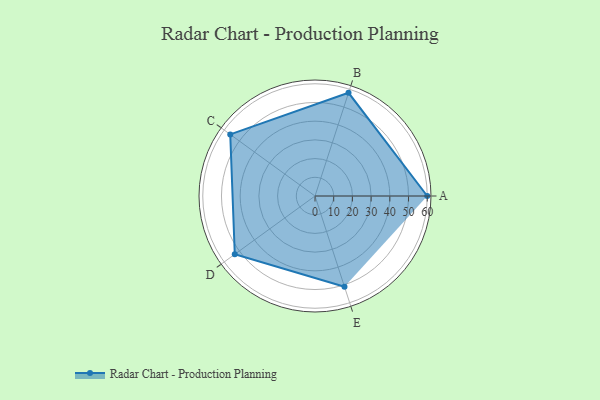
{"axis": {"x": "Skill", "y": "Score"}, "legend": ["Profile"], "data": [{"x": "A", "y": 60.0, "type": "Profile"}, {"x": "B", "y": 58.0, "type": "Profile"}, {"x": "C", "y": 56.0, "type": "Profile"}, {"x": "D", "y": 53.0, "type": "Profile"}, {"x": "E", "y": 51.0, "type": "Profile"}]}